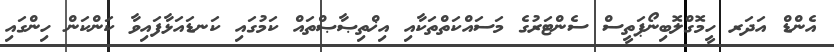
އެންޑް އަދަރ ހީމޮގްލޮބިނޯޕަތީސް ސެންޓަރުގެ މަސައްކަތްތަކާއި އިޚްތިޞާޞްތައް ކަމުގައި ކަނޑައަޅާފައިވާ ކަންކަން ހިންގައި